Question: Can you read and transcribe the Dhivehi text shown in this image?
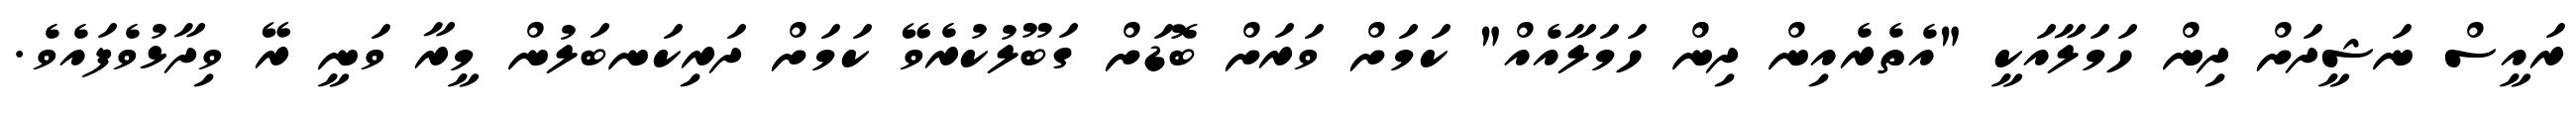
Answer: ރައީސް ނަޝީދަށް ދިން ހަމަލާއަކީ "އެތެރެއިން ދިން ހަމަލާއެއް" ކަމަށް ވަރަށް ބޮޑަށް ގަބޫލުކުރެވޭ ކަމަށް ދަރިކަނބަލުން މީރާ ވަނީ ރޭ ވިދާޅުވެފައެވެ.